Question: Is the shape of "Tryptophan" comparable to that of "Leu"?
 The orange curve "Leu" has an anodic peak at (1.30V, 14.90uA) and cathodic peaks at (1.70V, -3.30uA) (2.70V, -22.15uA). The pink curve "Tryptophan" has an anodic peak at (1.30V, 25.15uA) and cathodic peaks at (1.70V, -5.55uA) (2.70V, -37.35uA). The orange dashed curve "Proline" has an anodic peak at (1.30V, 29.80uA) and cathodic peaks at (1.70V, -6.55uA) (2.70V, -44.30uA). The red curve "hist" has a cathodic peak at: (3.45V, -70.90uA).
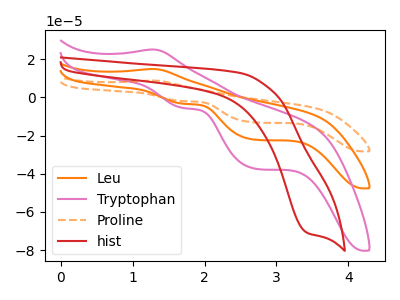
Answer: <think>All the peaks in "Tryptophan" have a peak in "Leu" at the same potential. Every peak in "Tryptophan" is higher than every peak in "Leu".
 </think>
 <answer>"Tryptophan" and "Leu" are similar in shape.</answer>
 <eval>same_shape</eval>